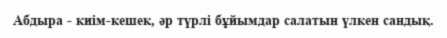
Абдыра - киім-кешек, әр түрлі бұйымдар салатын үлкен сандық.